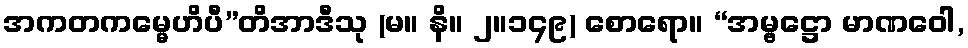
အကတကမ္မေဟိပီ”တိအာဒီသု (မ။ နိ။ ၂။၁၄၉) စောရော။ “အမ္ဗဋ္ဌော မာဏဝေါ,